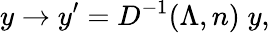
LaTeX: y\rightarrow y^{\prime}={D^{-1}(\Lambda,n)}\; y,